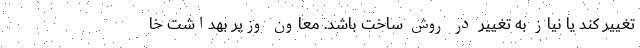
تغییر کند یا نیاز به تغییر در روش ساخت باشد. معاون وزیر بهداشت خا